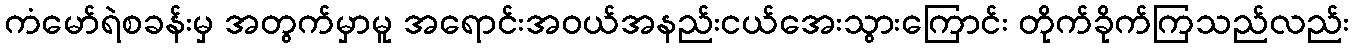
ကံမော်ရဲစခန်းမှ အတွက်မှာမူ အရောင်းအဝယ်အနည်းငယ်အေးသွားကြောင်း တိုက်ခိုက်ကြသည်လည်း